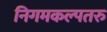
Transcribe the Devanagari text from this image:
निगमकल्पतरु